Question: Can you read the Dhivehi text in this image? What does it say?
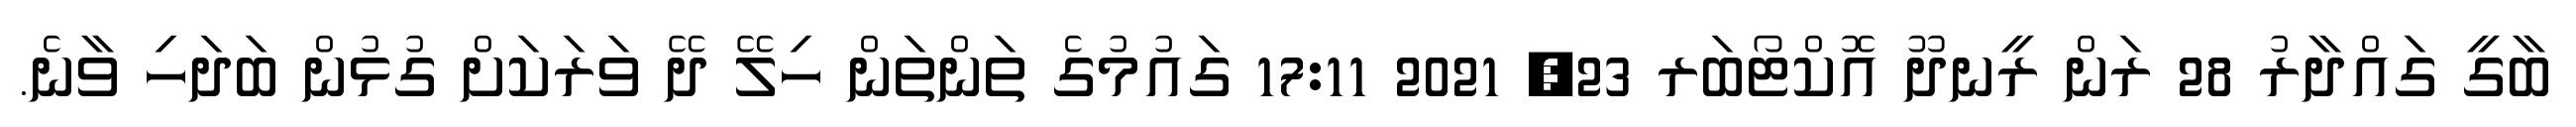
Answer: ބާގީ ގައްދާރު 28 ރަން ރީނދޫ އޮކްޓޯބަރ 23, 2021 17:11 ގައުމުގެ ތަންތަން ހިލޭ ދޭ ވަރަކަށް ގުޅުން ބަދަހި ވާނެ.